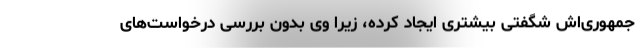
جمهوری‌اش شگفتی بیشتری ایجاد کرده، زیرا وی بدون بررسی درخواست‌های